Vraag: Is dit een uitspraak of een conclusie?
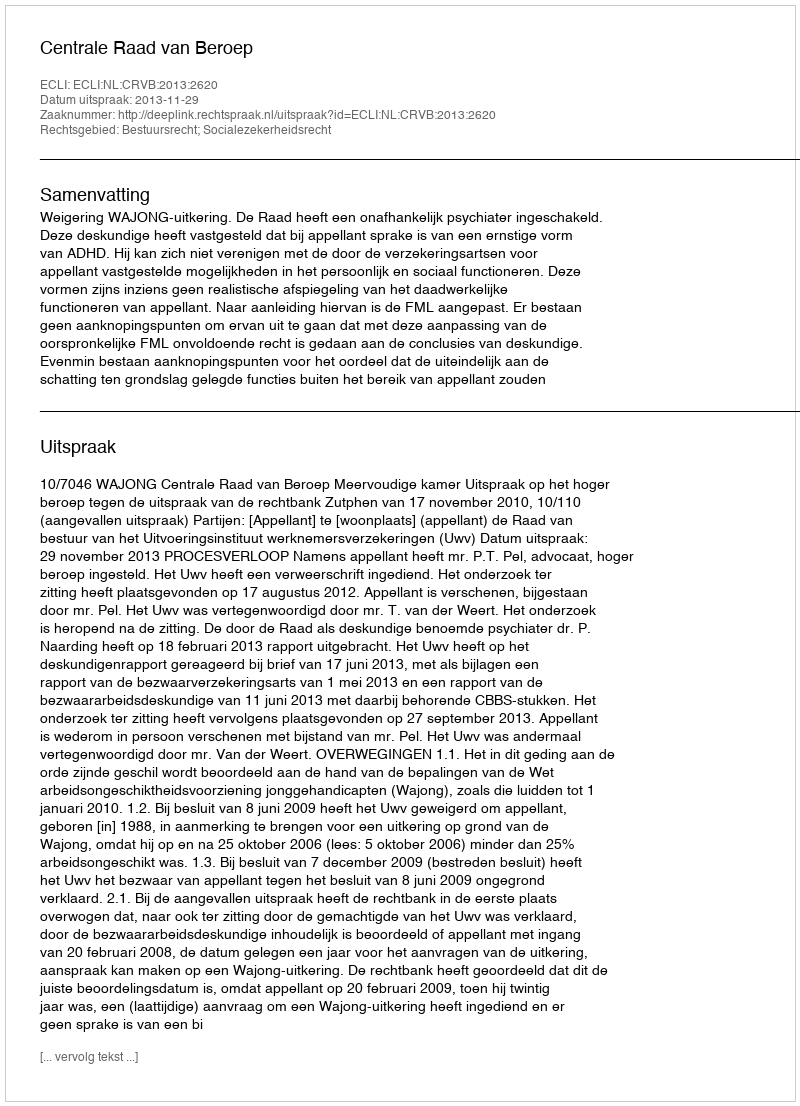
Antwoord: Uitspraak